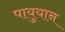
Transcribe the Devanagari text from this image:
पायुयान